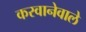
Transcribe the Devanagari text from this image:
करवानेवाले